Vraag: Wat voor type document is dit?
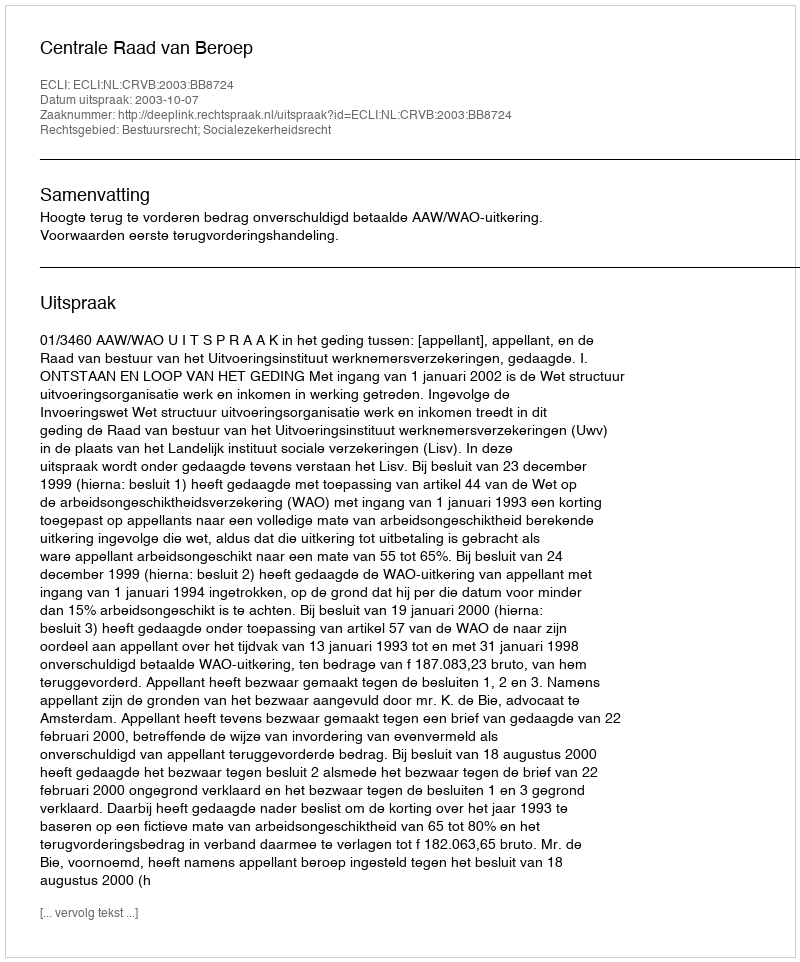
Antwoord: Uitspraak